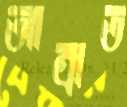
আম্রাত